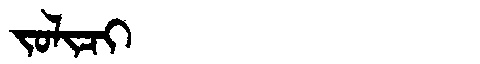
Manchu: ᠵᠣᠯᡳᠴᡳ
Romanization: JOLICI